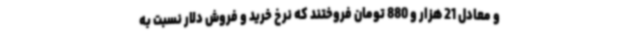
و معادل 21 هزار و 880 تومان فروختند که نرخ خرید و فروش دلار نسبت به